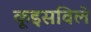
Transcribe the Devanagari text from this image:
कूइसविले